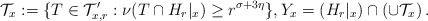
\begin{align*}\mathcal{T}_x := \{ T\in\mathcal{T}'_{x,r}: \nu(T\cap H_{r}|_{x}) \geq r^{\sigma+3\eta}\},Y_x = (H_{r}|_{x}) \cap \left( \cup \mathcal{T}_x \right).\end{align*}